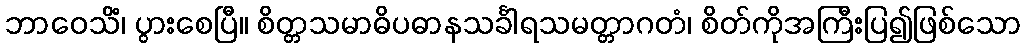
ဘာဝေသိံ၊ ပွားစေပြီ။ စိတ္တသမာဓိပဓာနသင်္ခါရသမတ္တာဂတံ၊ စိတ်ကိုအကြီးပြ၍ဖြစ်သော